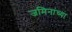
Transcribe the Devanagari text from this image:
जमिनांच्या